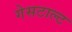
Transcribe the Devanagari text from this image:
गेसटाल्ट